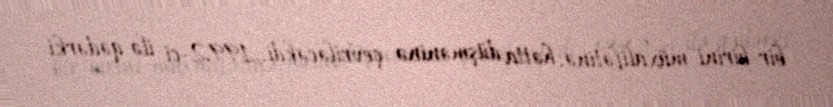
bir-birini müxalifətinə, hətta düşməninə çevriləcəkdi...1992-ci ilə qədərki